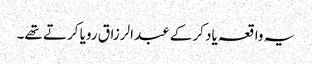
یہ واقعہ یاد کرکے عبدالرزاق رویا کرتے تھے۔